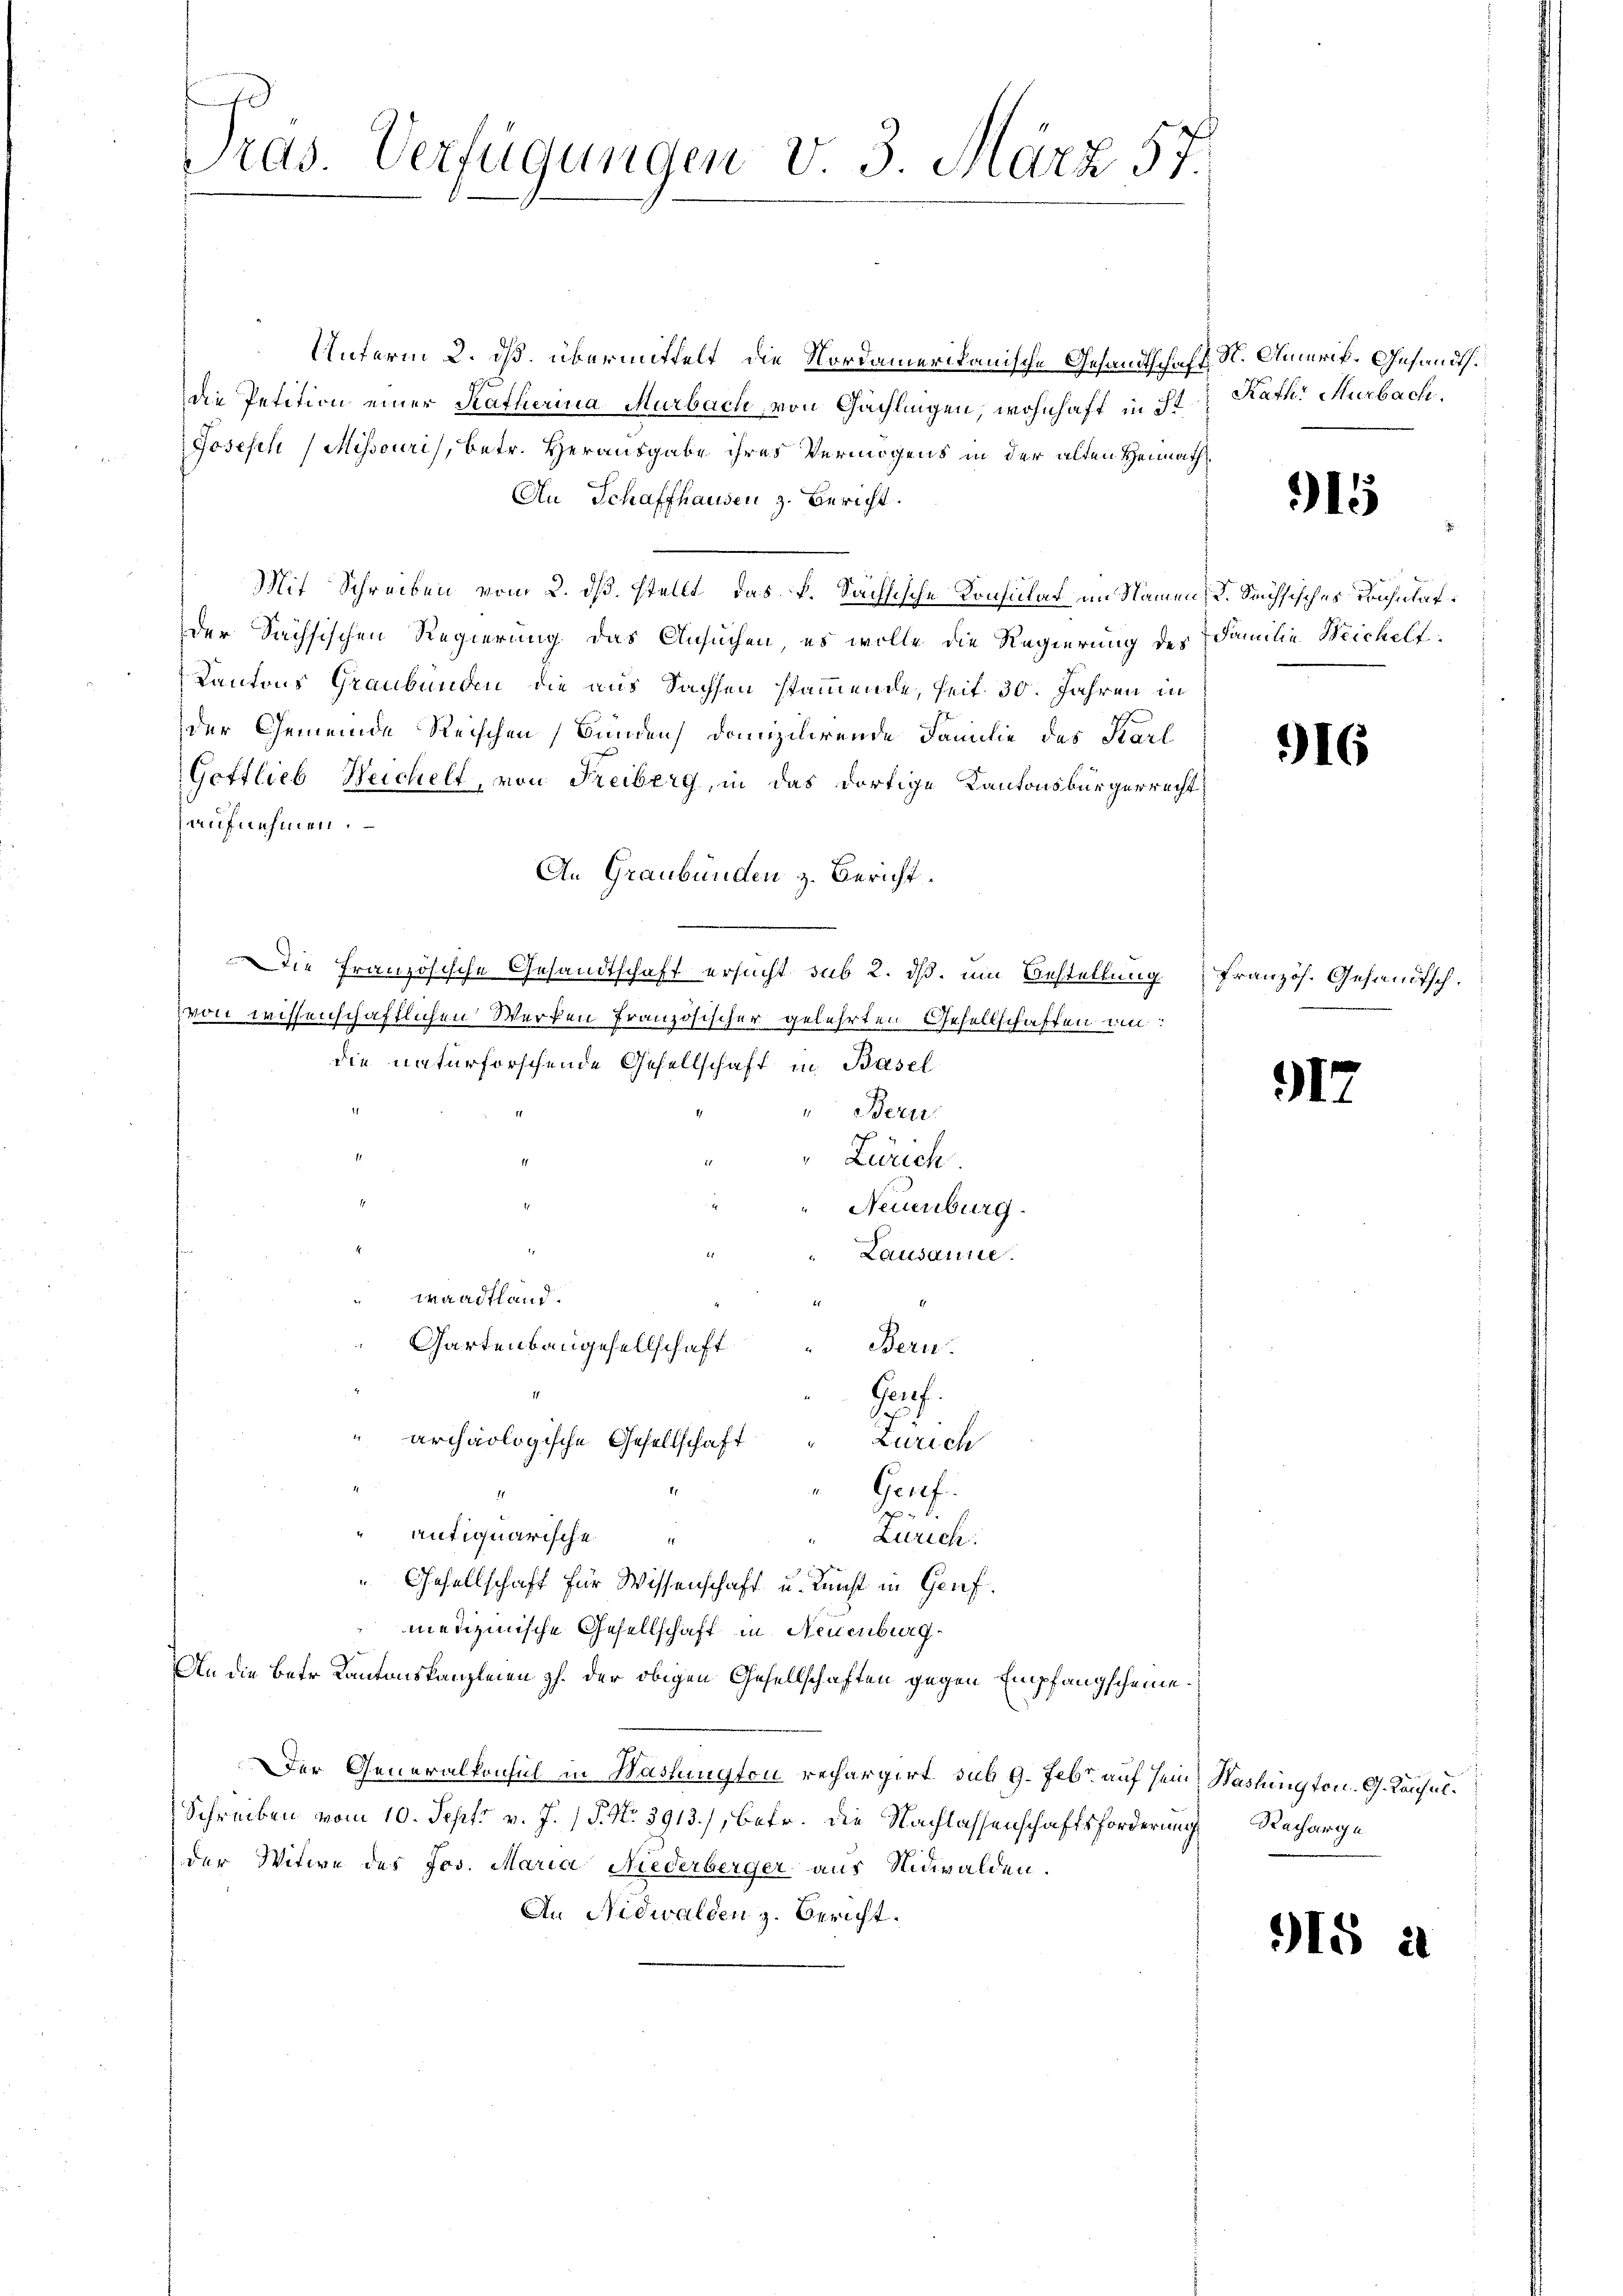
Pras. Verfügungen v. 3. März 57.

Unterm 2. ds. übermittelt, die Nordamerikanische Gesandtschaft St. Amerik- Gesandts
die Petition einer Katherina Murbach, von Gächlingen, wohnhaft in St
Josesen Missouris, betr. Herausgabe ihres Vermögens in der alten Heimath
An Schaffhausen z. Bericht.
Mit Schreiben vom 2. ds. stellt, das k. Sächsische Konsulat im Namen, K. Sachsisches Trusulatder Sachsischen Regierung das Ansuchen, es wolle die Regierung des Familie Weichelt
Kantons Graubünau die aus Sachsen stammende, seit 30. Jahren in
der Gemeinde Reischen (Bunden domizilirende Familie des Karl
Gottlieb Weichelt, von Freiberg, in das dortige Kantonsbürgerrecht
aufnehmen.
An Graubünden z. Bericht.
Die französische Gesandtschaft ersucht sub 2. dß. um Bestellung französ. Gesandtschvon wissenschaftlichen Werken französischer gelehrten Gesellschaften an:
die naturforschende Gesellschaft in Basel
Bern.
Zürich
Neuenburg.
Lausanne.
Waadtland.
Gartenbaugesellschaft
Bern.
Gruf
archäologische Gesellschaft
Zürich
Genf.
or
antiquarische
Zürich
„Gesellschaft für Wissenschaft u. Kunst in Genf.
menzinische Gesellschaft in Neuenburg
An die betr. Kantonskanzleien gl. der obigen Gesellschaften gegen Empfangscheine.
Der Generalkonsul in Washington rechargirt sub 9. Febr. auf sein Washington. G. Konsul¬
Schreiben vom 10. Sept v. J. (T. No. 3913), betr. die Nachlassenschaftsforderung Recharge
der Witwe des Jos. Maria Niederberger aus Nidwalden.
An Nidwalden z. Bericht.

Kath. Murbach.

16

1

915

318